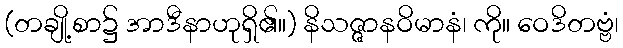
(တချို့စာ၌ အာဒီနာဟုရှိ၏။) နိသဇ္ဇာနဝိမာနံ၊ ကို။ ဝေဒိတဗ္ဗံ၊